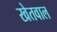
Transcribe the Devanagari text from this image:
खेतवाल